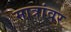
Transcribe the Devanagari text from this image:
मात्रांवर